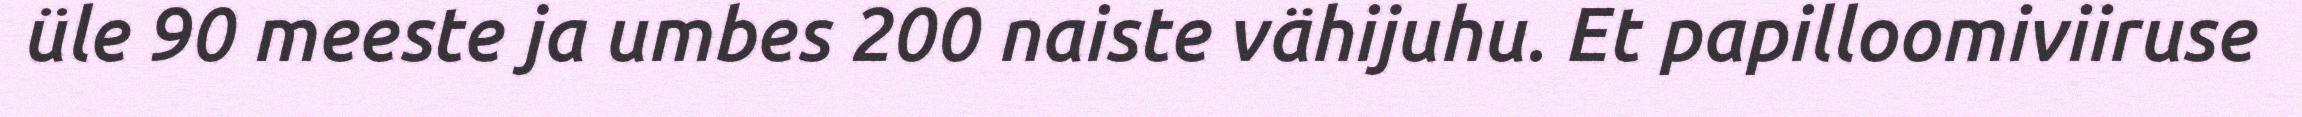
üle 90 meeste ja umbes 200 naiste vähijuhu. Et papilloomiviiruse